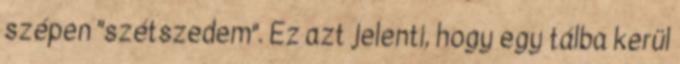
szépen "szétszedem". Ez azt jelenti, hogy egy tálba kerül